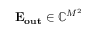
\mathbf { E _ { o u t } } \in \mathbb { C } ^ { M ^ { 2 } }